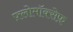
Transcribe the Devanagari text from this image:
फ़्लोमॉक्सेफ़